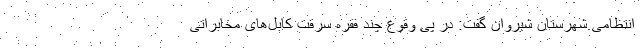
انتظامی شهرستان شیروان گفت: در پی وقوع چند فقره سرقت کابل‌های مخابراتی